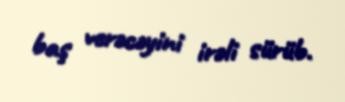
baş verəcəyini irəli sürüb.